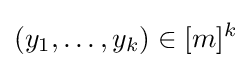
(y_{1},\dots ,y_{k})\in [m]^{k}